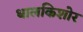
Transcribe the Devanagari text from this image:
धालकिशोर